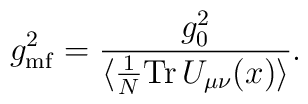
g_{\rm mf}^2 = {g_0^2\over \langle \frac{1}{N} {\rm Tr}\,U_{\mu\nu}(x)\rangle}.